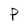
Character: P